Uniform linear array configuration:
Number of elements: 32
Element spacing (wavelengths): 0.25
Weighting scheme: exponential
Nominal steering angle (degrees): -30
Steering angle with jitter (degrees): -30.085
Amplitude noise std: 0.05
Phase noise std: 0.05

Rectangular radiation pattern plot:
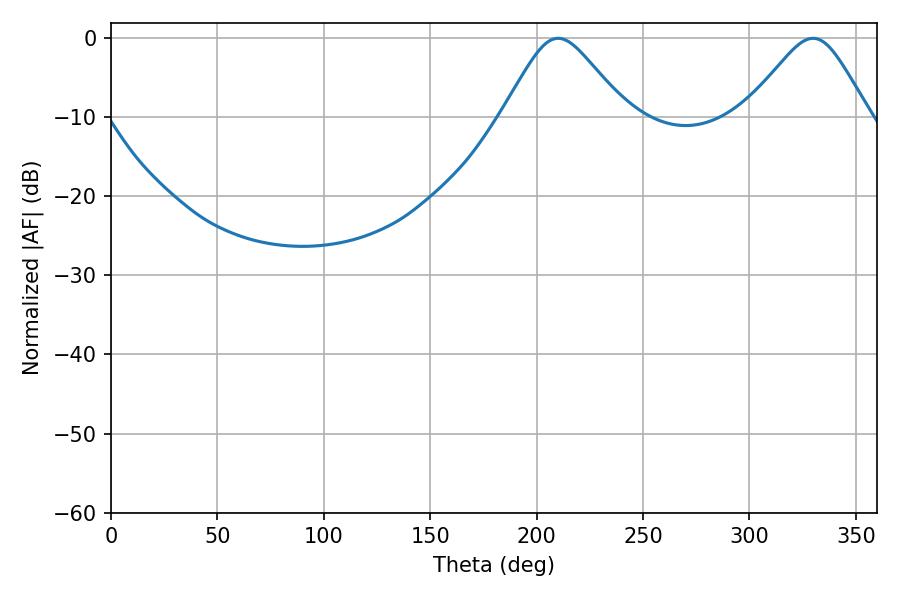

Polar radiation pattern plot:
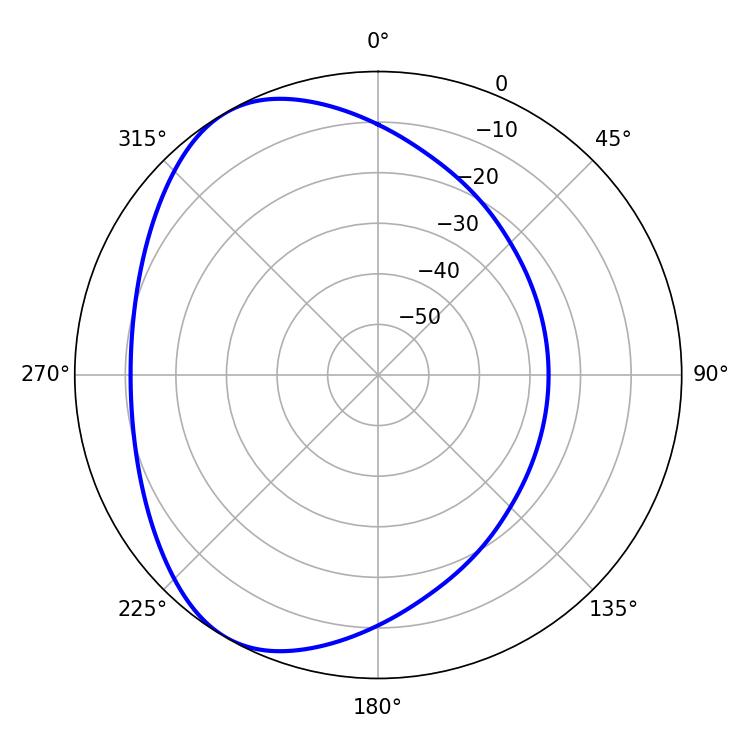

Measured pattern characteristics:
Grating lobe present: FALSE
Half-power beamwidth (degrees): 27.9
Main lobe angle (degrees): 210.06